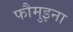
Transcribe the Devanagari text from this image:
फौमुइना